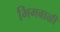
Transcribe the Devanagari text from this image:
भिगबाळी